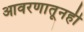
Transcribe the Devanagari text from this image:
आवरणातूनही